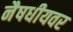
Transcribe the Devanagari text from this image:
नैषधीयवर